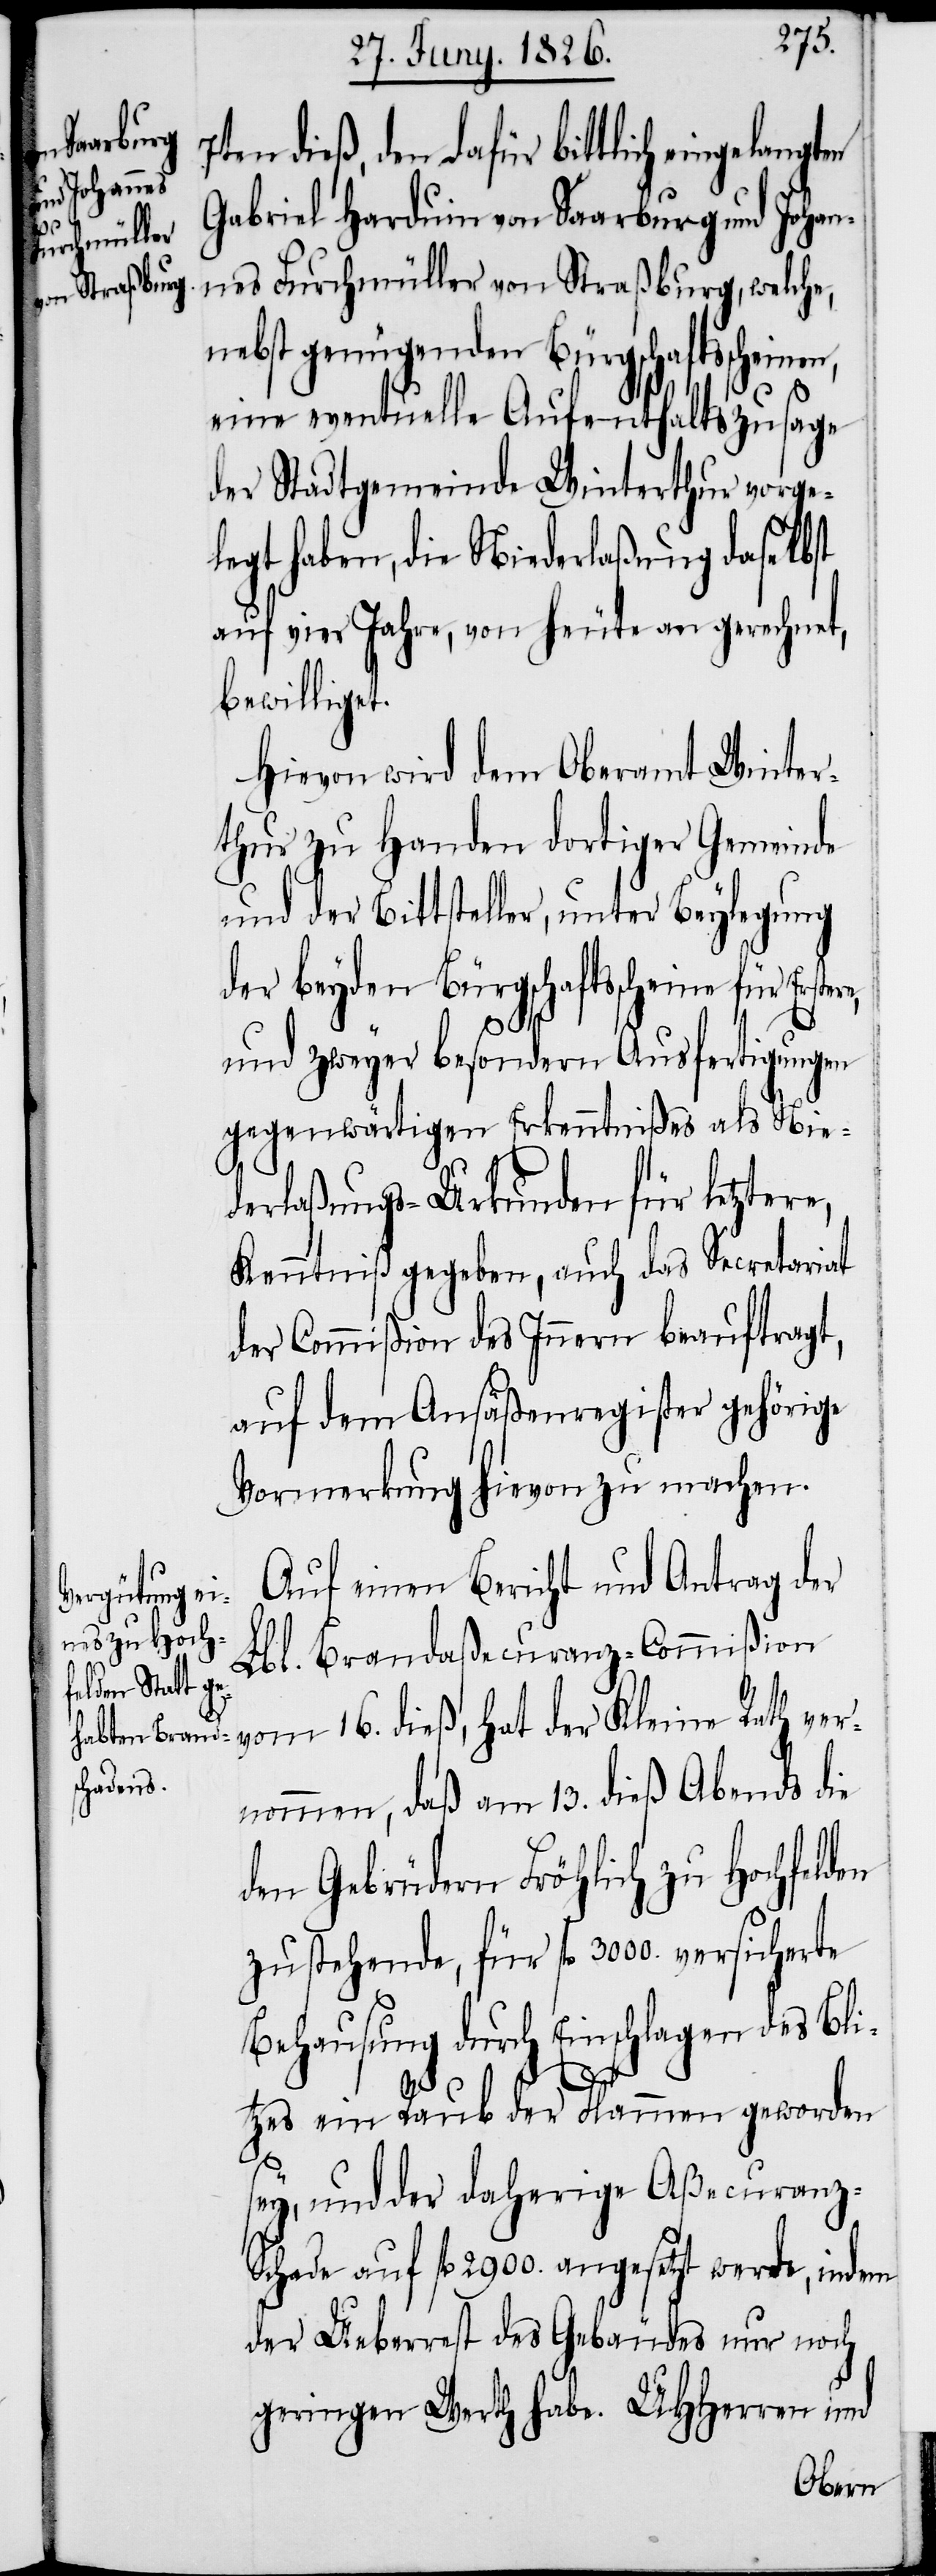
7ten dieß, den dafür bittlich eingelangt¬
Gabriel Harduin von Saarburg und Johan¬
nes Furchmüller von Straßburg, welche,
nebst genügenden Bürgschaftsscheine¬
eine eventuelle Aufenthaltszusage
der Stadtgemeinde Winterthur vorge¬
legt haben, die Niederlaßung daselbst
auf vier Jahre, von heute an gerechnet,
bewilliget.
Hievon wird dem Oberamt Winter¬
thur zu Handen dortiger Gemeinde
und der Bittsteller, unter Beylegung
der beyden Bürgschaftsscheine für
und zweyer besondern Ausfertigungen
gegenwärtigen Erkenntnißes als Nie¬
derlaßungs-Urkunden für letztere,
Kenntniß gegeben, auch das Secretariat
der Commißion des Innern beauftragt,
auf dem Ansäßenregister gehörige
Vormerkung hievon zu machen.
Auf einen Bericht und Antrag der
Lbl. Brandaßecuranz-Commißion
vom 16. dieß, hat der Kleine Rath ver¬
nommen, daß am 13. dieß Abends die
den Gebrüdern Fröhlich zu Hochfelden
zustehende, für fl. 3000. versicherte
Behausung durch Einschlagen des Bli¬
n,
tzes ein Raub der Flammen geworden
sey, und der daherige Aßecuranz-
Schade auf fl. 2900. angesetzt werde, indem
der Ueberrest des Gebäudes nur noch
geringen Werth habe. UHHerren und